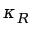
\kappa _ { R }